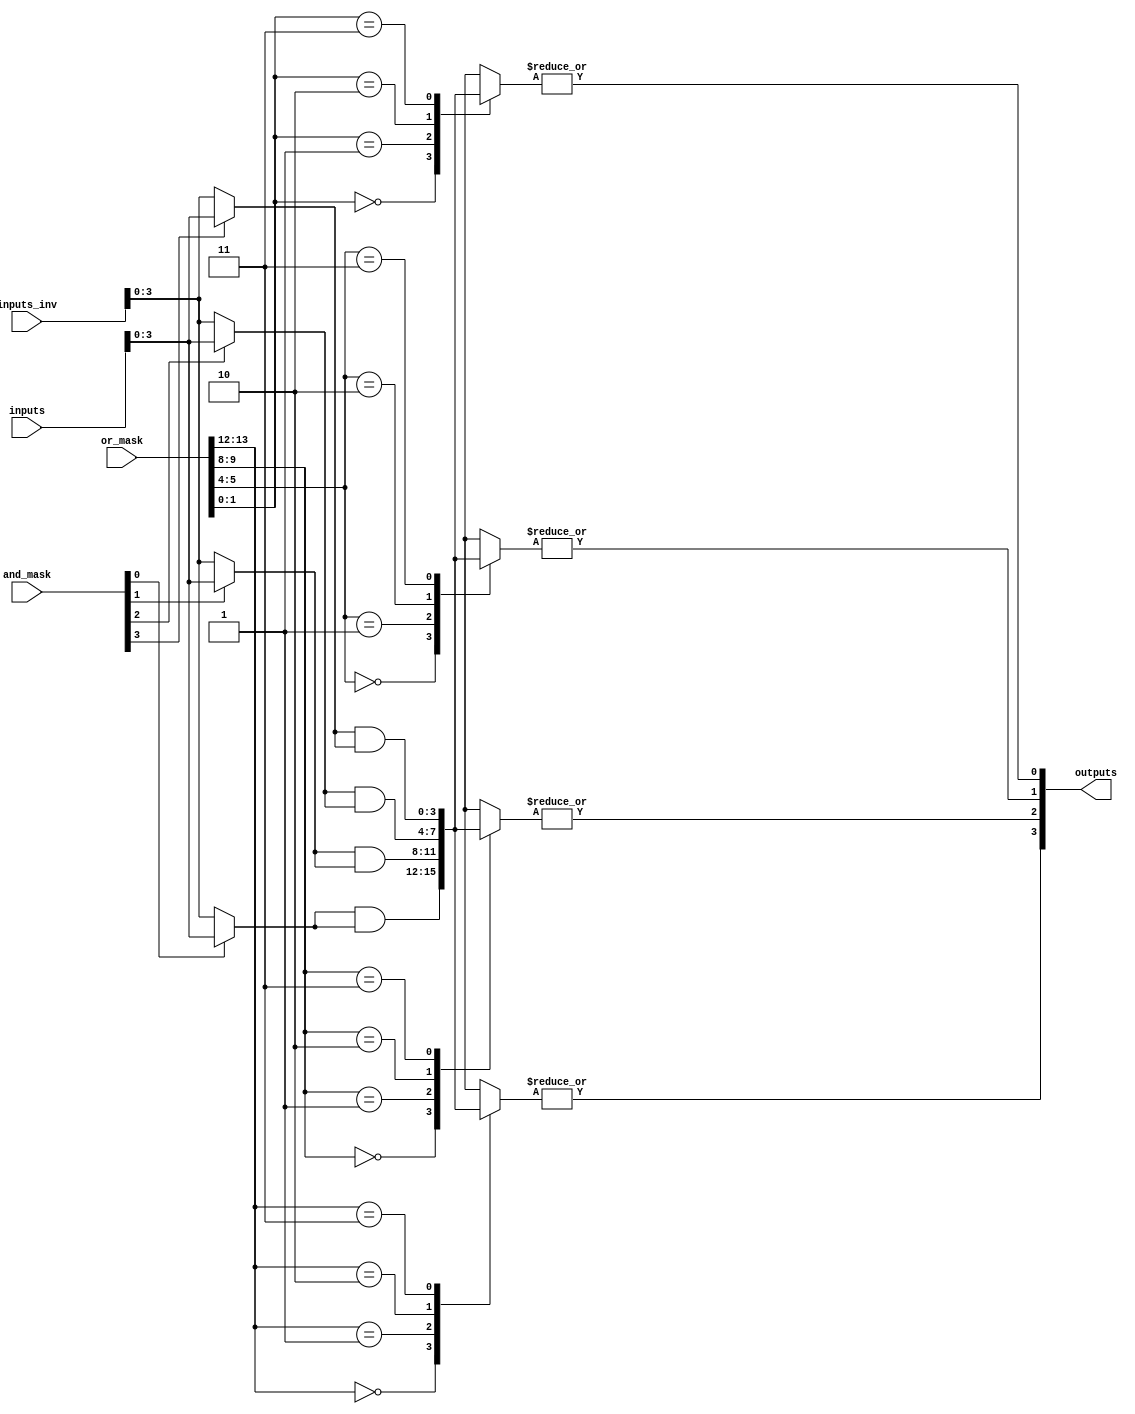
module super_pal #(parameter N = 8, // Number of inputs
                   parameter M = 4, // Number of outputs
                   parameter P = 4  // Number of product terms
                  )
                 (
                   input  wire [N-1:0] inputs,         // Inputs
                   input  wire [N-1:0] inputs_inv,     // Inverted Inputs
                   input  wire [P-1:0] and_mask,        // AND mask for programming
                   input  wire [M*P-1:0] or_mask,       // OR mask for programming
                   output wire [M-1:0] outputs          // Outputs
                 );

  // AND Array
  wire [P-1:0] and_terms [0:P-1]; // Array to hold the product terms

  genvar i;
  generate
    for (i = 0; i < P; i = i + 1) begin : and_array
      assign and_terms[i] = (and_mask[i] ? inputs : inputs_inv) & (and_mask[i] ? inputs : inputs_inv);
      // Additional logic could be added here for multiple AND conditions
    end
  endgenerate

  // OR Array
  wire [M-1:0] or_outputs; // OR outputs

  generate
    for (i = 0; i < M; i = i + 1) begin : or_array
      assign or_outputs[i] = |(and_terms[or_mask[i*P +: P]]);
    end
  endgenerate

  // Final outputs
  assign outputs = or_outputs;

endmodule